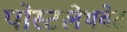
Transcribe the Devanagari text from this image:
पोस्टलेथवेट